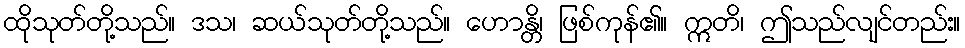
ထိုသုတ်တို့သည်။ ဒသ၊ ဆယ်သုတ်တို့သည်။ ဟောန္တိ၊ ဖြစ်ကုန်၏။ ဣတိ၊ ဤသည်လျင်တည်း။